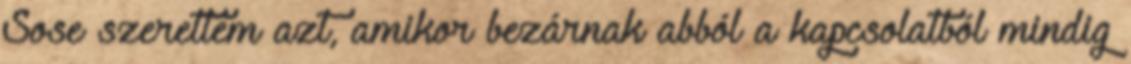
Sose szerettem azt, amikor bezárnak abból a kapcsolatból mindig